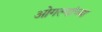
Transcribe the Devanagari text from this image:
ओगल्यांच्या